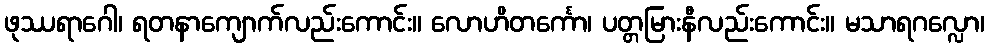
ဖုဿရာဂေါ၊ ရတနာကျောက်လည်းကောင်း။ လောဟိတင်္ကော၊ ပတ္တမြားနီလည်းကောင်း။ မသာရဂလ္လော၊